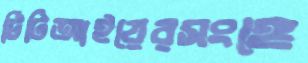
টিটিআইয়েরসংঙ্গে